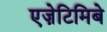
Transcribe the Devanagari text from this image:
एज़ेटिमिबे